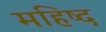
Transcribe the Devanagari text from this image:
महिष्द